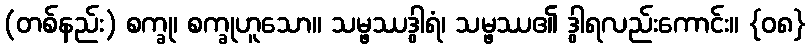
(တစ်နည်း) စက္ခု၊ စက္ခုဟူသော။ သမ္ဖဿဒွါရံ၊ သမ္ဖဿ၏ ဒွါရလည်းကောင်း။ {၀၈}